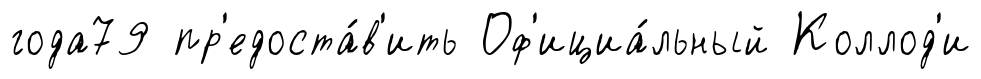
года79 пр'едоста́в'ить Оф'ициа́льный Коллод'и